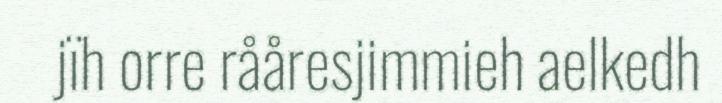
jïh orre rååresjimmieh aelkedh